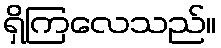
ရှိကြလေသည်။